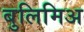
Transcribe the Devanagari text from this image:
बुलिमिअ